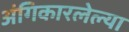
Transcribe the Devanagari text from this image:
अंगिकारलेल्या